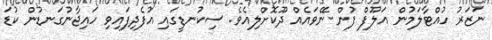
ނަޒަރު ހުއްޓާލަމުން އަލޫފް ފުން ނޭވައެއް ދޫކޮށްލިއެވެ. ސިކުނޑީގައި އުފެދިފައިވި ހައިޖާނުގަނޑުން ކުޑަ